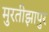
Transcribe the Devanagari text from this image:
मुरतीझापुर